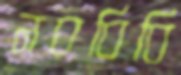
নববিবি